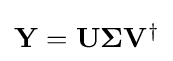
{\textstyle \mathbf {Y} =\mathbf {U} \mathbf {\Sigma } \mathbf {V} ^{\dagger }}